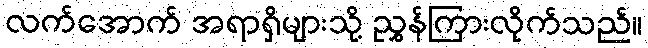
လက်အောက် အရာရှိများသို့ ညွှန်ကြားလိုက်သည်။